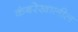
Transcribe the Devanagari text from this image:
कंबरेखालील